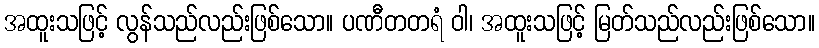
အထူးသဖြင့် လွန်သည်လည်းဖြစ်သော။ ပဏီတတရံ ဝါ၊ အထူးသဖြင့် မြတ်သည်လည်းဖြစ်သော။